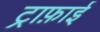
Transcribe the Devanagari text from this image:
ट्राफ़ाई